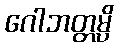
ဂေါဘတ္တမ္ပိ